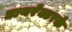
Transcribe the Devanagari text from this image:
डायरेक्टरके